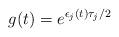
LaTeX: \begin{align*}g(t)= e^{ \epsilon_j(t)\tau_j/2}\end{align*}